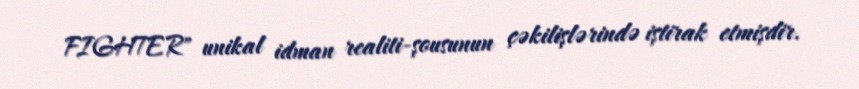
FIGHTER" unikal idman realiti-şousunun çəkilişlərində iştirak etmişdir.